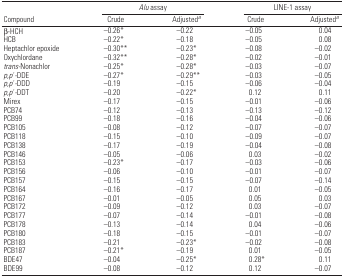
<table><thead><tr><td></td><td colspan="2"><b><i>Alu</i> assay</b></td><td colspan="2"><b>LINE-1 assay</b></td></tr><tr><td><b>Compound</b></td><td><b>Crude</b></td><td><b>Adjusteda</b></td><td><b>Crude</b></td><td><b>Adjusteda</b></td></tr></thead><tbody><tr><td>β-HCH</td><td>−0.26*</td><td>−0.22</td><td>−0.05</td><td>0.04</td></tr><tr><td>HCB</td><td>−0.22*</td><td>−0.18</td><td>−0.05</td><td>0.08</td></tr><tr><td>Heptachlor epoxide</td><td>−0.30**</td><td>−0.23*</td><td>−0.08</td><td>−0.02</td></tr><tr><td>Oxychlordane</td><td>−0.32**</td><td>−0.28*</td><td>−0.02</td><td>−0.01</td></tr><tr><td><i>trans-</i>Nonachlor</td><td>−0.25*</td><td>−0.28*</td><td>−0.03</td><td>−0.07</td></tr><tr><td><i>p,p</i>′-DDE</td><td>−0.27*</td><td>−0.29**</td><td>−0.03</td><td>−0.05</td></tr><tr><td><i>p,p</i>′-DDD</td><td>−0.19</td><td>−0.15</td><td>−0.06</td><td>−0.04</td></tr><tr><td><i>p,p</i>′-DDT</td><td>−0.20</td><td>−0.22*</td><td>0.12</td><td>0.11</td></tr><tr><td>Mirex</td><td>−0.17</td><td>−0.15</td><td>−0.01</td><td>−0.06</td></tr><tr><td>PCB74</td><td>−0.12</td><td>−0.13</td><td>−0.13</td><td>−0.12</td></tr><tr><td>PCB99</td><td>−0.18</td><td>−0.16</td><td>−0.04</td><td>−0.06</td></tr><tr><td>PCB105</td><td>−0.08</td><td>−0.12</td><td>−0.07</td><td>−0.07</td></tr><tr><td>PCB118</td><td>−0.15</td><td>−0.10</td><td>−0.09</td><td>−0.07</td></tr><tr><td>PCB138</td><td>−0.17</td><td>−0.19</td><td>−0.04</td><td>−0.08</td></tr><tr><td>PCB146</td><td>−0.05</td><td>−0.06</td><td>0.03</td><td>−0.02</td></tr><tr><td>PCB153</td><td>−0.23*</td><td>−0.17</td><td>−0.03</td><td>−0.06</td></tr><tr><td>PCB156</td><td>−0.06</td><td>−0.10</td><td>−0.01</td><td>−0.07</td></tr><tr><td>PCB157</td><td>−0.15</td><td>−0.15</td><td>−0.07</td><td>−0.14</td></tr><tr><td>PCB164</td><td>−0.16</td><td>−0.17</td><td>0.01</td><td>−0.05</td></tr><tr><td>PCB167</td><td>−0.01</td><td>−0.05</td><td>0.05</td><td>0.03</td></tr><tr><td>PCB172</td><td>−0.09</td><td>−0.12</td><td>0.03</td><td>−0.07</td></tr><tr><td>PCB177</td><td>−0.07</td><td>−0.14</td><td>−0.01</td><td>−0.08</td></tr><tr><td>PCB178</td><td>−0.13</td><td>−0.14</td><td>0.04</td><td>−0.06</td></tr><tr><td>PCB180</td><td>−0.18</td><td>−0.15</td><td>−0.01</td><td>−0.07</td></tr><tr><td>PCB183</td><td>−0.21</td><td>−0.23*</td><td>−0.02</td><td>−0.08</td></tr><tr><td>PCB187</td><td>−0.21*</td><td>−0.19</td><td>0.01</td><td>−0.05</td></tr><tr><td>BDE47</td><td>−0.04</td><td>−0.25*</td><td>0.28*</td><td>0.11</td></tr><tr><td>BDE99</td><td>−0.08</td><td>−0.12</td><td>0.12</td><td>−0.07</td></tr></tbody></table>